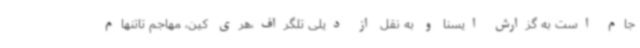
جام است به گزارش ایسنا و به نقل از دیلی تلگراف،هری کین، مهاجم تاتنهام